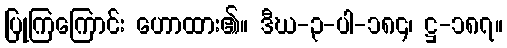
ပြုကြကြောင်း ဟောထား၏။ ဒီဃ-၃-ပါ-၁၈၄၊ ဋ္ဌ-၁၈၇။